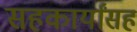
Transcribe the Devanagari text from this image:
सहकार्यांसह